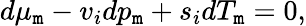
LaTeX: d\mu_{\mathtt{m}}-v_{i}dp_{\mathtt{m}}+s_{i}dT_{\mathtt{m}}=0,